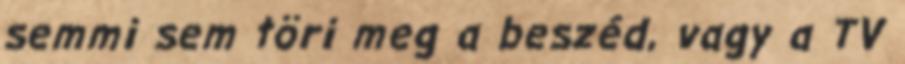
semmi sem töri meg a beszéd, vagy a TV